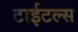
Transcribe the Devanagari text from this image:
टाईटल्स